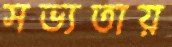
সভ্যতায়